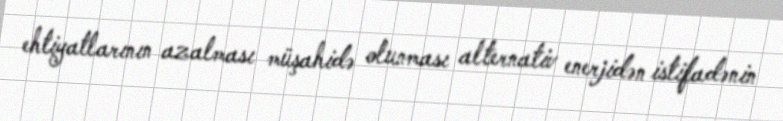
ehtiyatlarının azalması müşahidə olunması alternativ enerjidən istifadənin